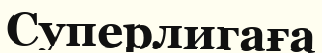
Суперлигаға